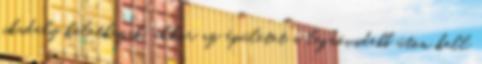
akadály keletkezik, akkor az épületet a legrövidebb úton kell